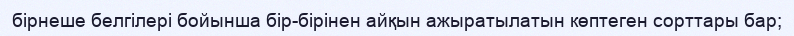
бірнеше белгілері бойынша бір-бірінен айқын ажыратылатын көптеген сорттары бар;